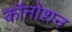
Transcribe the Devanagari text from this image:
कॉनोशन